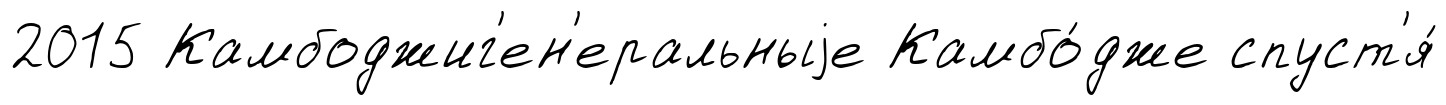
2015 Камбоджиг'ен'еральныjе Камбо́дже спуст'я́